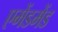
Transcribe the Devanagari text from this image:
एमेंडमेंड